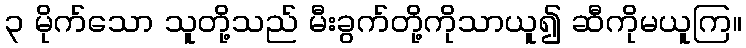
၃ မိုက်သော သူတို့သည် မီးခွက်တို့ကိုသာယူ၍ ဆီကိုမယူကြ။